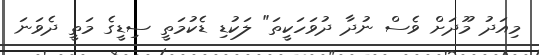
މިއަދު މޫދަށް ވެސް ނުދާ ދުވަހަކީތަ" ލަކުޑި ޑެކުމަތީ ސިޑީގެ މަތީ ދެވަނަ